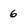
Character: 6